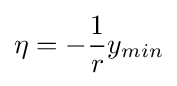
\eta =-{\frac {1}{r}}y_{min}